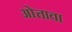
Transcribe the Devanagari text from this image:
ओत्तावा